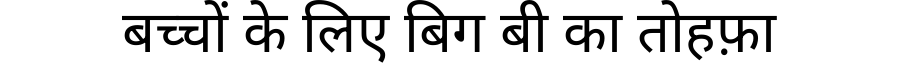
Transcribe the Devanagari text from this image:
बच्चों के लिए बिग बी का तोहफ़ा